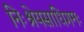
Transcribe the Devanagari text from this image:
निःश्रेयसाधिगमः